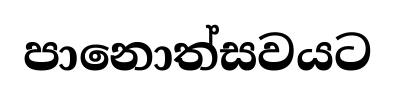
පානොත්සවයට